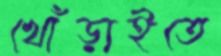
খোঁড়াইতে